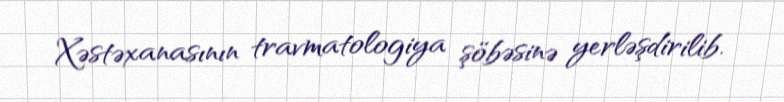
Xəstəxanasının travmatologiya şöbəsinə yerləşdirilib.